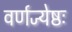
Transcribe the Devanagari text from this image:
वर्णज्येष्ठः